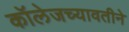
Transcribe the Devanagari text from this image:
कॉलेजच्यावतीने